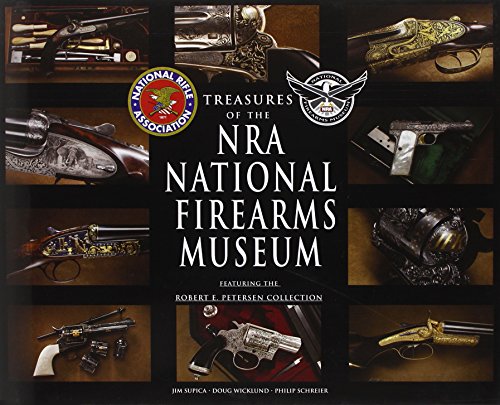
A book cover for Treasures of the NRA National Firearms Museum; Jim Supica; Crafts, Hobbies & Home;